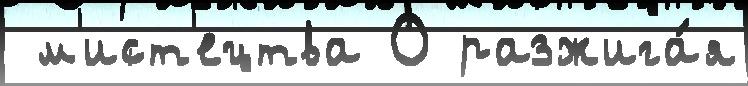
 м'ист'ецтва О разжига́я